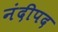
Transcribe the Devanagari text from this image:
नंदीपद